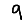
Digit: 9